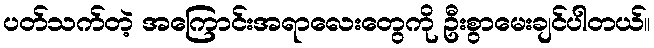
ပတ်သက်တဲ့ အကြောင်းအရာလေးတွေကို ဦးစွာမေးချင်ပါတယ်။